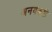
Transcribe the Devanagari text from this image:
अनयकट्टी